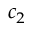
c _ { 2 }